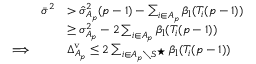
\begin{array} { r l } { \bar { \sigma } ^ { 2 } } & { > \hat { \sigma } _ { A _ { p } } ^ { 2 } ( p - 1 ) - \sum _ { i \in A _ { p } } \beta _ { \mathrm { l } } ( T _ { i } ( p - 1 ) ) } \\ & { \geq \sigma _ { A _ { p } } ^ { 2 } - 2 \sum _ { i \in A _ { p } } \beta _ { \mathrm { l } } ( T _ { i } ( p - 1 ) ) } \\ { \Longrightarrow \qquad } & { \Delta _ { A _ { p } } ^ { \mathrm { v } } \leq 2 \sum _ { i \in A _ { p } \setminus S ^ { \star } } \beta _ { \mathrm { l } } ( T _ { i } ( p - 1 ) ) } \end{array}